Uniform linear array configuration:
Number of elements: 12
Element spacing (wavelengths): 0.75
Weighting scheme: cosine
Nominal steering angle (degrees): -30
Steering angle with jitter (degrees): -28.938
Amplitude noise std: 0.05
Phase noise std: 0.05

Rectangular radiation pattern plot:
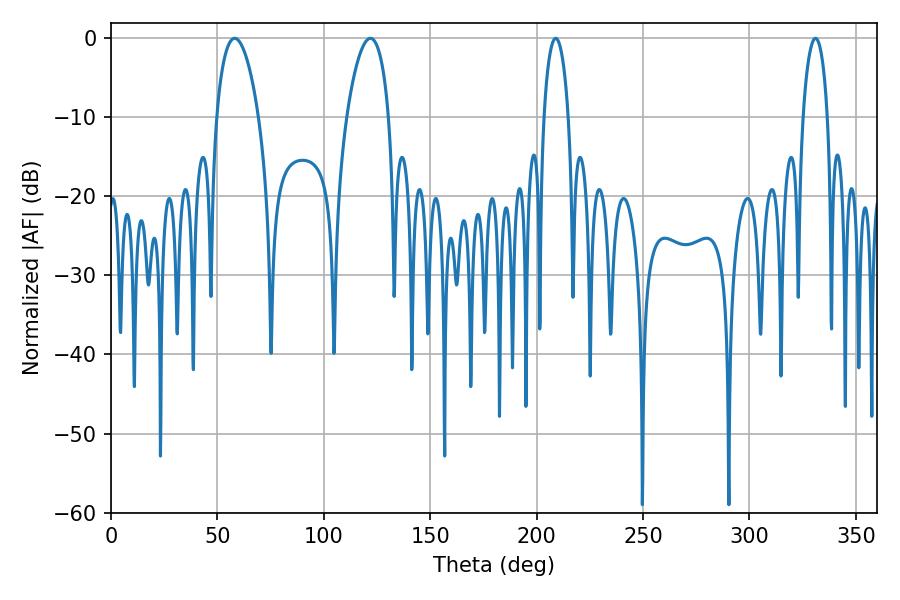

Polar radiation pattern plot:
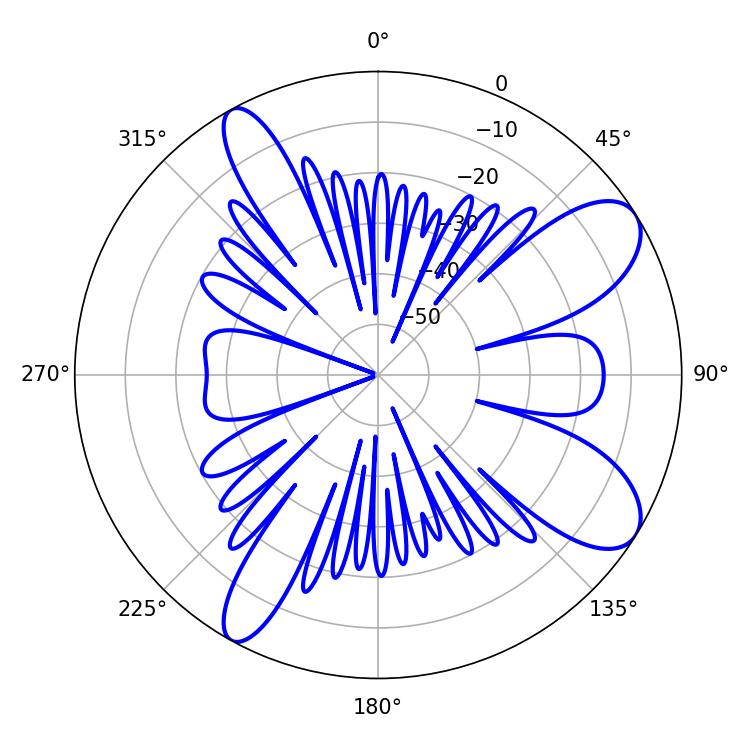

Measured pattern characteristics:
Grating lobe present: TRUE
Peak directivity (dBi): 9.263
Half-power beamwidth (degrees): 6.48
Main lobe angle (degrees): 331.02